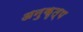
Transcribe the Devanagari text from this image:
अनुकृत्य